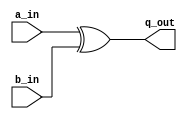
`timescale 1ns / 1ps
//////////////////////////////////////////////////////////////////////////////////
// Company: 
// Engineer: 
// 
// Design Name: 
// Module Name: lab57_no_of_1s_Func
// Project Name: 
// Target Devices: 
// Tool Versions: 
// Description: 
// 
// Dependencies: 
// 
// Revision:
// Revision 0.01 - File Created
// Additional Comments:
// 
//////////////////////////////////////////////////////////////////////////////////


module lab57_no_of_1s_Func(
                                input [7:0]a_in,
                                input [7:0]b_in,
                                output [7:0]q_out 
                                
    );
  
  assign q_out = xor_op (a_in, b_in);           // caling a function
    
  function [7:0] xor_op (input [7:0] a,b);    //defining the function
  begin
    xor_op = a ^ b;
  end
  endfunction  
    
endmodule